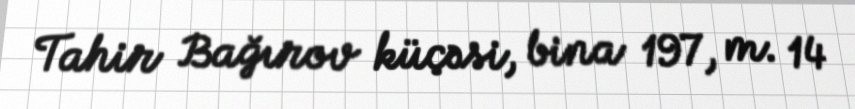
Tahir Bağırov küçəsi, bina 197, m. 14